65_HS1-834228961_62-HQ-83894_Section_6
Agency: FBI
Page 260
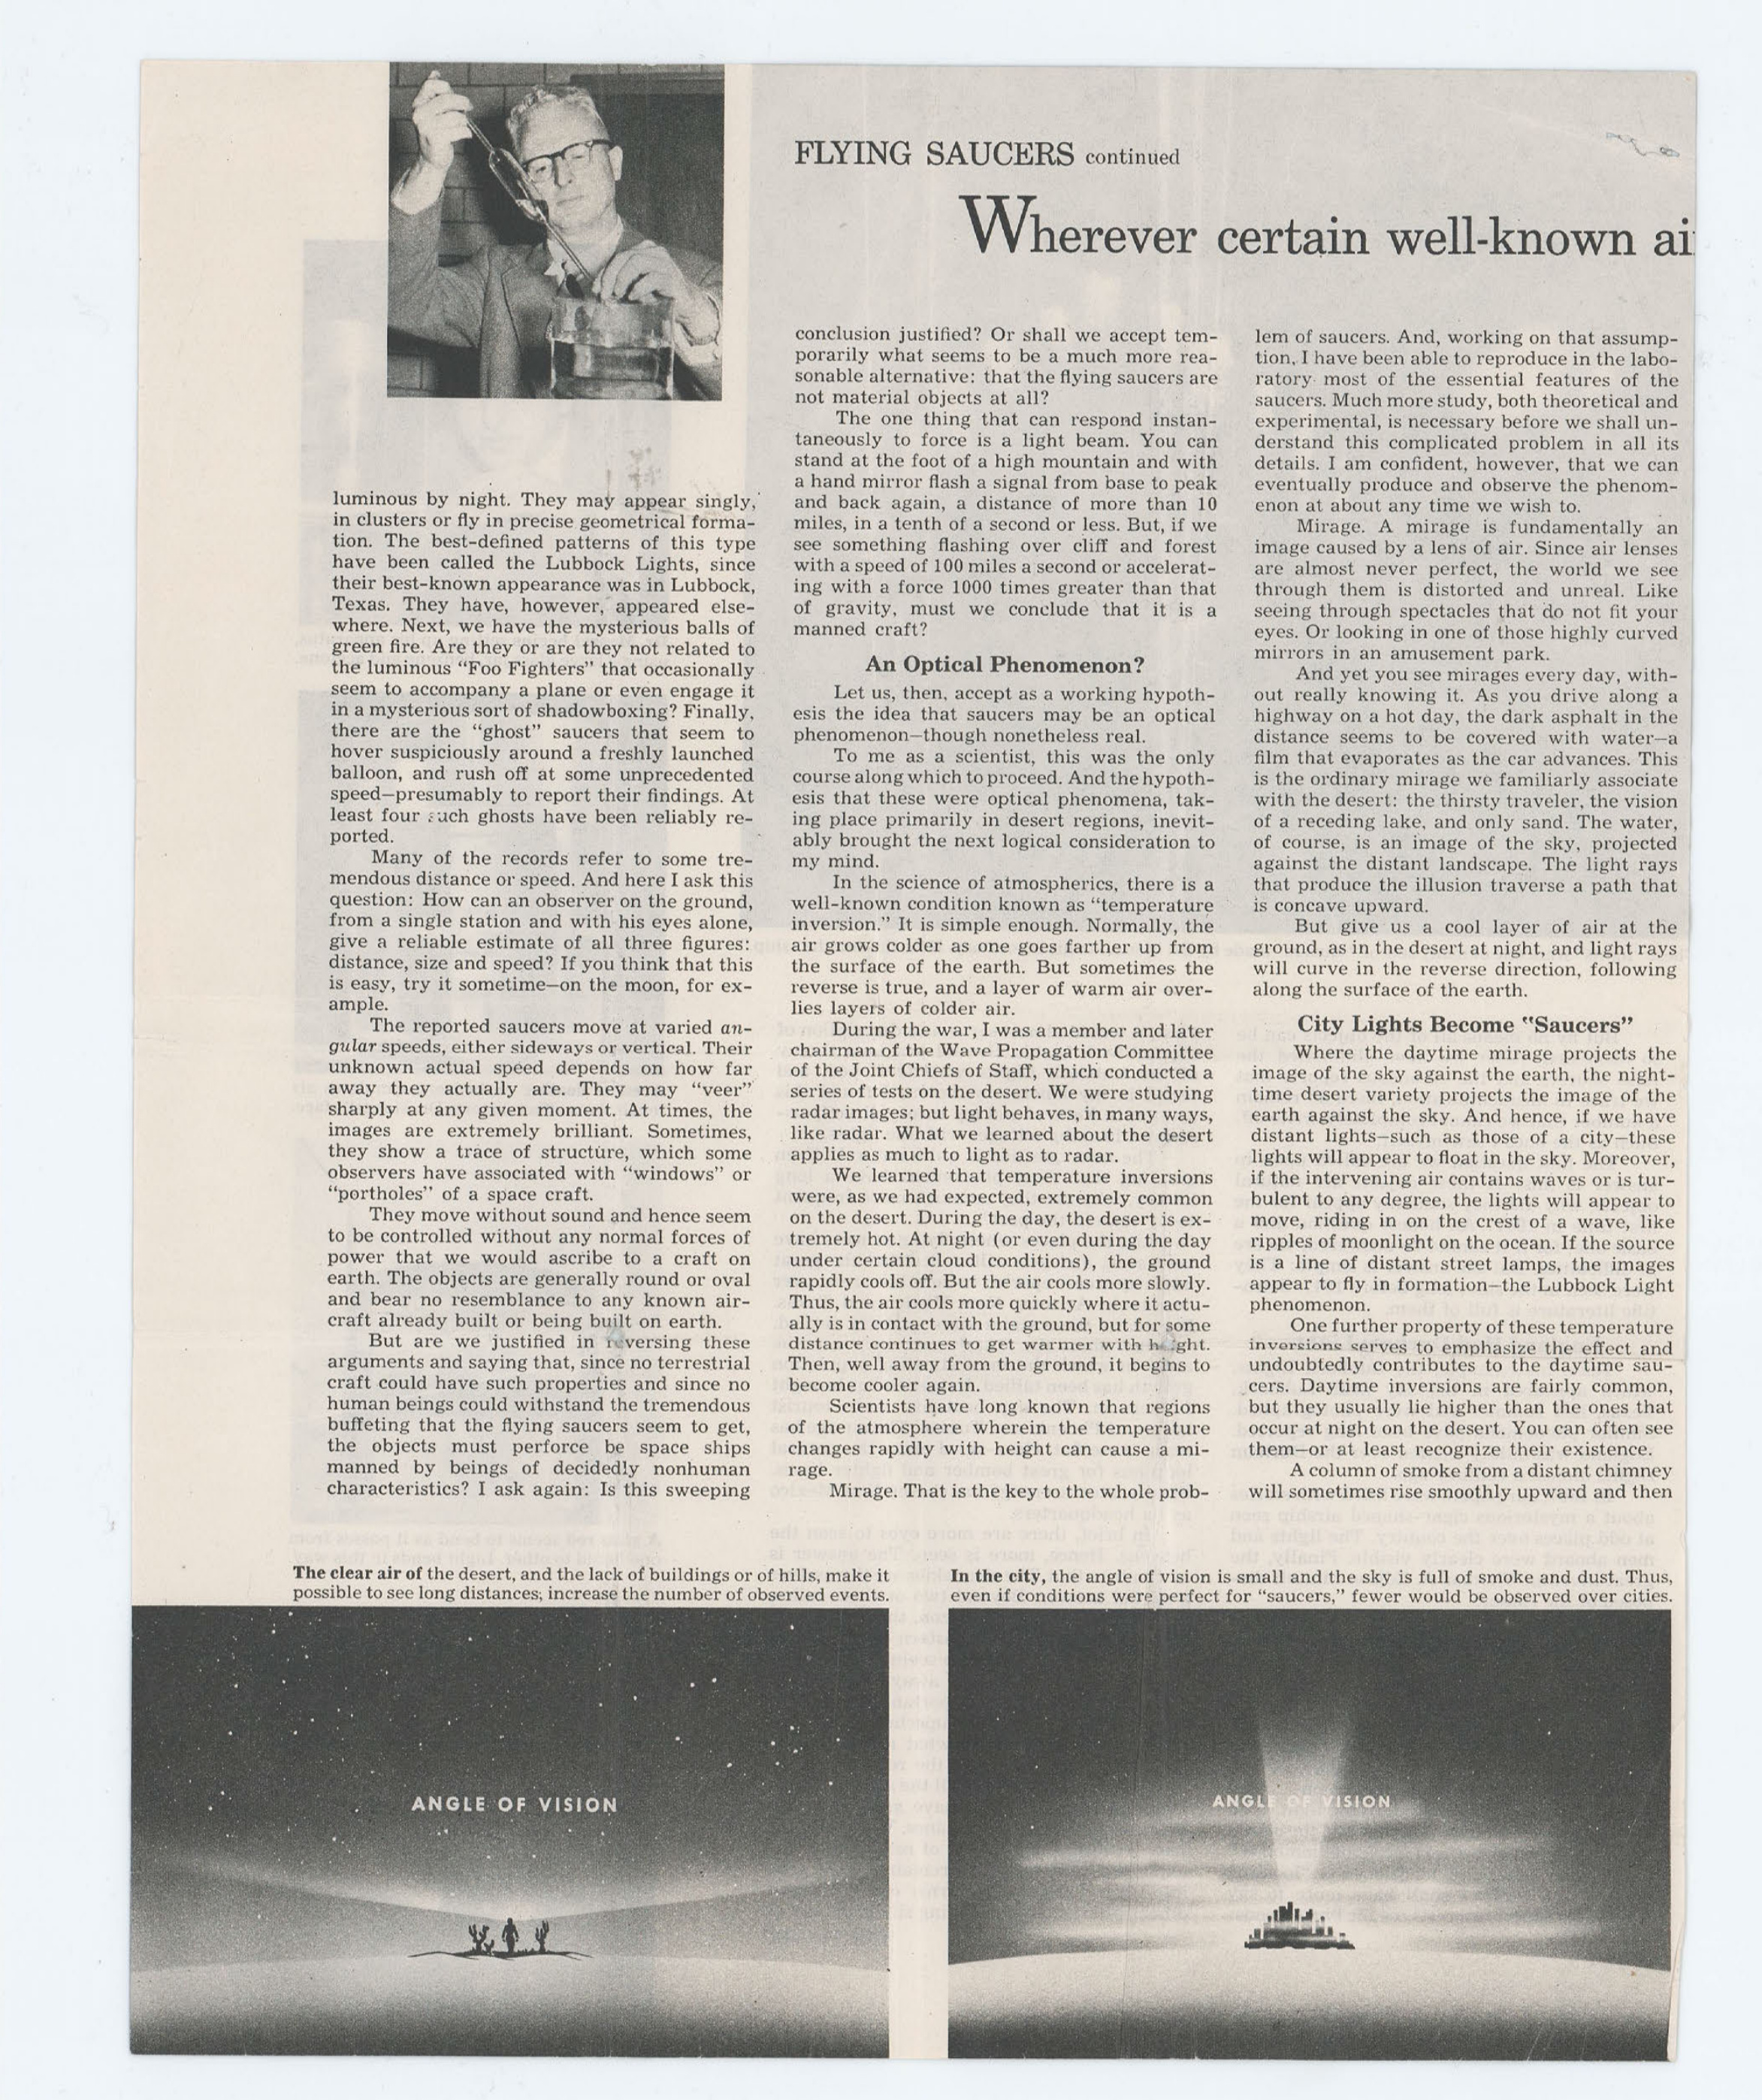